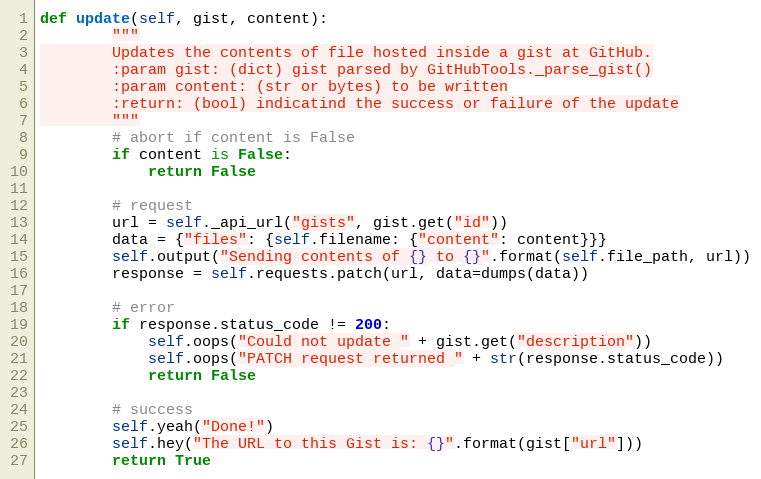
Language: Python
def update(self, gist, content):
        """
        Updates the contents of file hosted inside a gist at GitHub.
        :param gist: (dict) gist parsed by GitHubTools._parse_gist()
        :param content: (str or bytes) to be written
        :return: (bool) indicatind the success or failure of the update
        """
        # abort if content is False
        if content is False:
            return False

        # request
        url = self._api_url("gists", gist.get("id"))
        data = {"files": {self.filename: {"content": content}}}
        self.output("Sending contents of {} to {}".format(self.file_path, url))
        response = self.requests.patch(url, data=dumps(data))

        # error
        if response.status_code != 200:
            self.oops("Could not update " + gist.get("description"))
            self.oops("PATCH request returned " + str(response.status_code))
            return False

        # success
        self.yeah("Done!")
        self.hey("The URL to this Gist is: {}".format(gist["url"]))
        return True